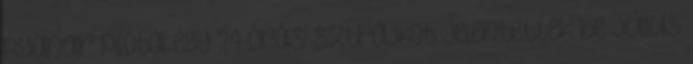
Ryanair pilótái egy 24 órás sztrájkot jelentettek be július